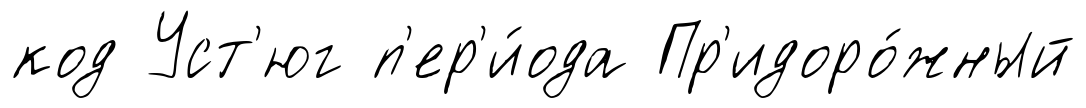
код Уст'юг п'ер'и́ода Пр'идоро́жный